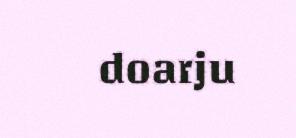
doarju